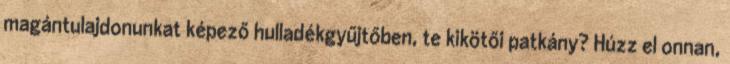
magántulajdonunkat képező hulladékgyűjtőben, te kikötői patkány? Húzz el onnan,